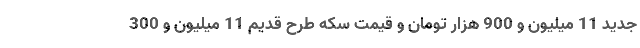
جدید 11 میلیون و 900 هزار تومان و قیمت سکه طرح قدیم 11 میلیون و 300